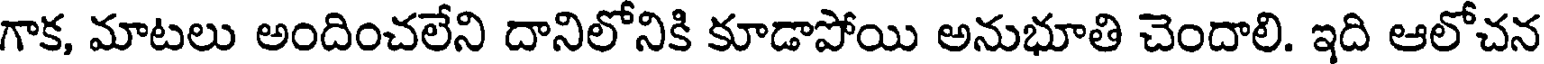
గాక, మాటలు అందించలేని దానిలోనికి కూడాపోయి అనుభూతి చెందాలి. ఇది ఆలోచన